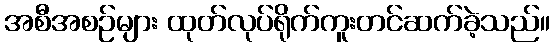
အစီအစဉ်များ ထုတ်လုပ်ရိုက်ကူးတင်ဆက်ခဲ့သည်။